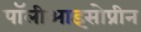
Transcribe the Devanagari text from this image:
पॉलीआइसोप्रीन